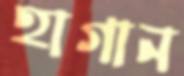
হাগান